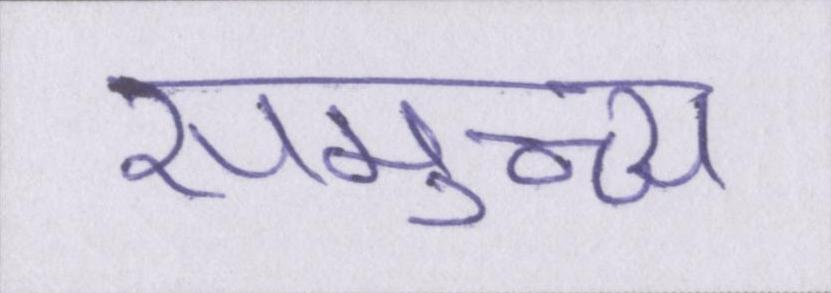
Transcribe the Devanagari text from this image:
समुच्च्य